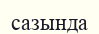
сазында